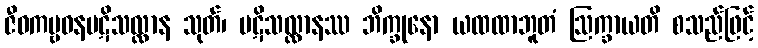
ဇီဝကမ္ဗဝနပဋိသလ္လာန သုတ်၊ ပဋိသလ္လာနဿ ဘိက္ခုနော ယထထာဘူတံ ဩက္ခာယတိ စသည်ဖြင့်